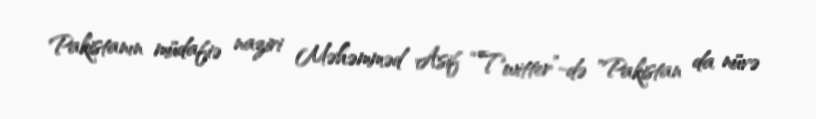
Pakistanın müdafiə naziri Məhəmməd Asif “Twitter”-də "Pakistan da nüvə